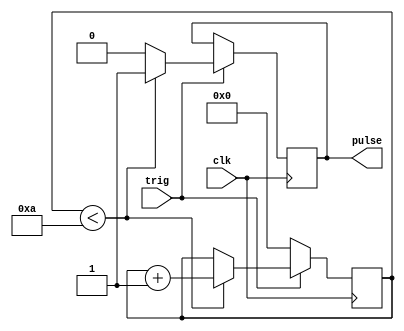
`timescale 1ns / 1ps

module Pulse_Generator
#(
    parameter PULSE_LENGTH = 10 // In multiples of 20ns(1/50Mhz)
)
(
    input clk,
    input trig,
    output reg pulse
);

reg [63:0] counter = 0;

always @(posedge clk) begin
    if(trig) begin
        if (counter < PULSE_LENGTH) begin        
            pulse <= 1;
            counter <= counter + 1; 
        end
        else begin
            pulse <= 0;
        end
    end
    else begin
        counter <= 0;
    end
end
endmodule